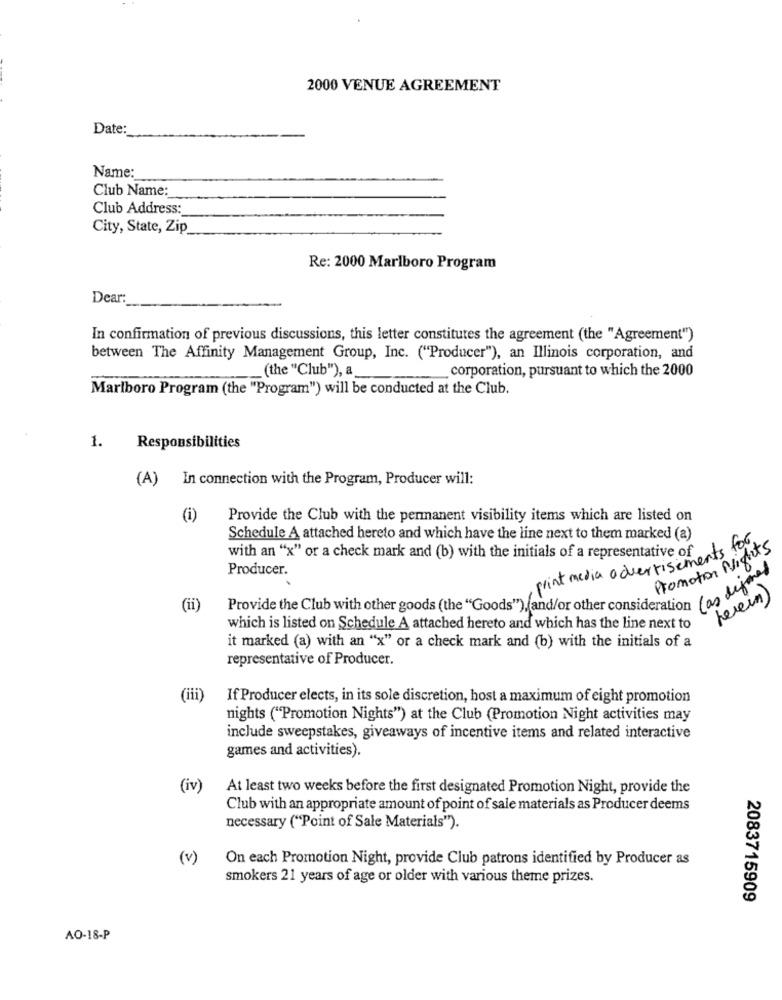
2000 VENUE AGREEMENT
Date:
Name:
Club Name:
Club Address:
City, State, Zip
Re: 2000 Marlboro Program
Dear:
In confirmation of previous discussions, this letter constitutes the agreement (the "Agreement")
between The Affinity Management Group, Inc. ("Producer"), an Illinois corporation, and
_(the "Club"), a
corporation, pursuant to which the 2000
Marlboro Program (the "Program") will be conducted at the Club.
1.
Responsibilities
(A)
In connection with the Program, Producer will:
(i)
Provide the Club with the permanent visibility items which are listed on
Schedule A attached hereto and which have the line next to them marked (a)
print media advertisements for,
Promotion Nights
with an "x" or a check mark and (b) with the initials of a representative of
Producer.
Provide the Club with other goods (the "Goods"), and/or other consideration con 08)
herein)
(ii)
which is listed on Schedule A attached hereto and which has the line next to
it marked (a) with an "x" or a check mark and (b) with the initials of a
representative of Producer.
(iii)
If Producer elects, in its sole discretion, host a maximum of eight promotion
nights ("Promotion Nights") at the Club (Promotion Night activities may
include sweepstakes, giveaways of incentive items and related interactive
games and activities).
(iv)
At least two weeks before the first designated Promotion Night, provide the
Club with an appropriate amount of point of sale materials as Producer deems
necessary ("Point of Sale Materials").
(v)
On each Promotion Night, provide Club patrons identified by Producer as
smokers 21 years of age or older with various theme prizes.
2083715909
AO-18-P